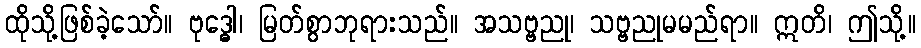
ထိုသို့ဖြစ်ခဲ့သော်။ ဗုဒ္ဓေါ၊ မြတ်စွာဘုရားသည်။ အသဗ္ဗညု၊ သဗ္ဗညုမမည်ရာ။ ဣတိ၊ ဤသို့။